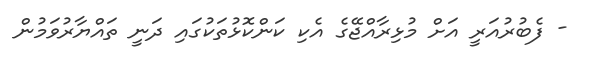
- ފެބުރުއަރީ އަށް މުޅިރާއްޖޭގެ އެކި ކަންކޮޅުތަކުގައި ދަނީ ތައްޔާރުވަމުން